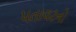
પતાવટનો